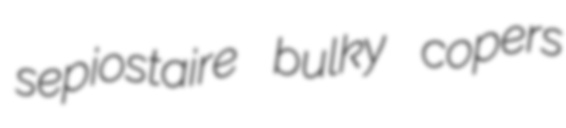
sepiostaire bulky copers